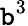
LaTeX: \mathtt{b}^{3}